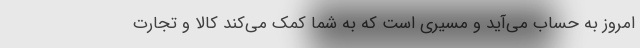
امروز به حساب می‌آید و مسیری است که به شما کمک می‌کند کالا و تجارت